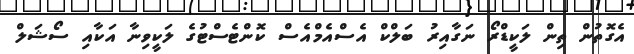
އެގޮތުން ތިން ލަކީޑްރޯ ނަގާއިރު ބަލްކް އެސްއެމްއެސް ކޮންޓެސްޓުގެ ލަކީވިނާ އަކާއި ސޯޝަލް